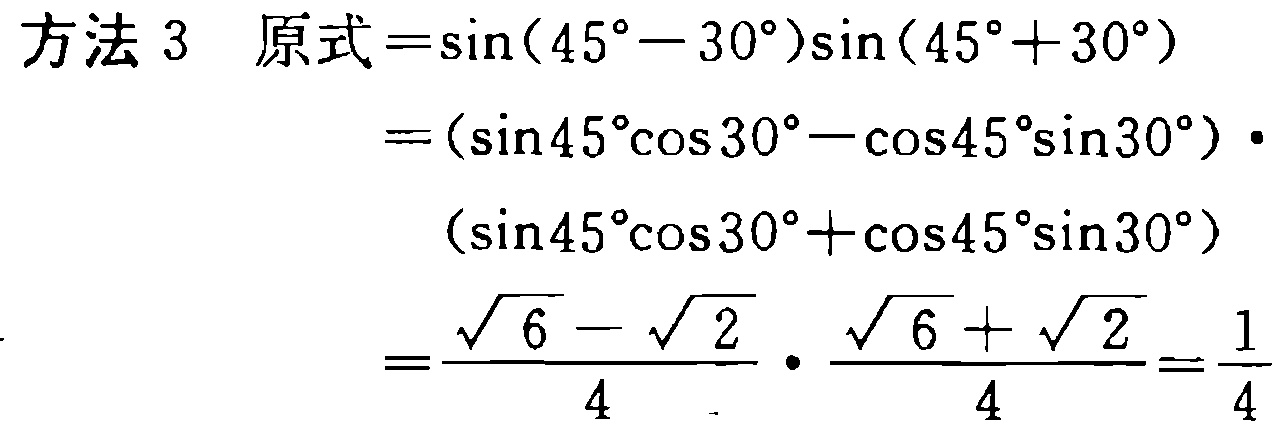
方法 3 原式\(=\sin(45^{\circ}-30^{\circ})\sin(45^{\circ}+30^{\circ})\)
\(=(\sin45^{\circ}\cos30^{\circ}-\cos45^{\circ}\sin30^{\circ})\cdot\)
\((\sin45^{\circ}\cos30^{\circ}+\cos45^{\circ}\sin30^{\circ})\)
\(=\frac{\sqrt{6}-\sqrt{2}}{4}\cdot\frac{\sqrt{6}+\sqrt{2}}{4}=\frac{1}{4}\)